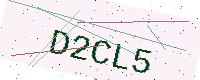
Text: D2CL5